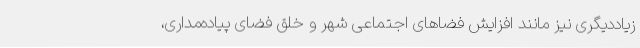
زیاددیگری نیز مانند افزایش فضاهای اجتماعی شهر و خلق فضای پیاده‌مداری،